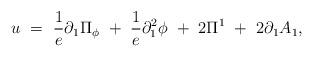
LaTeX: \begin{align*}u~= ~\frac{1}{e}\partial_{1}\Pi_{\phi} ~+~\frac{1}{e} \partial_1^2 \phi~+~ 2 \Pi^{1}~+~2\partial_{1}A_{1},\end{align*}